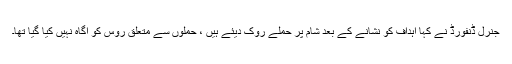
جنرل ڈنفورڈ نے کہا اہداف کو نشانے کے بعد شام پر حملے روک دیئے ہیں ، حملوں سے متعلق روس کو آگاہ نہیں کیا گیا تھا۔